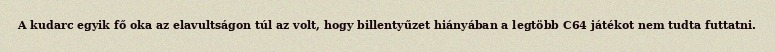
A kudarc egyik fő oka az elavultságon túl az volt, hogy billentyűzet hiányában a legtöbb C64 játékot nem tudta futtatni.